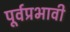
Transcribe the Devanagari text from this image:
पूर्वप्रभावी